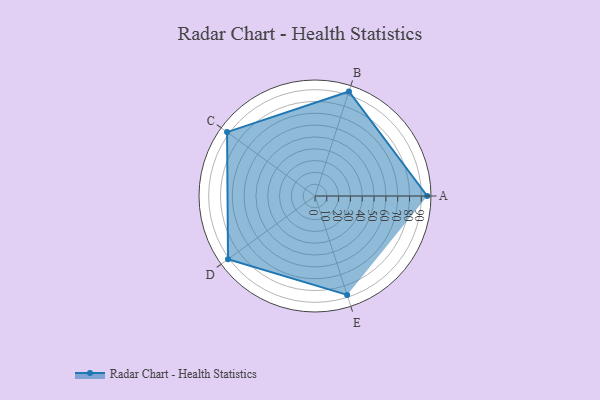
{"axis": {"x": "Skill", "y": "Score"}, "legend": ["Profile"], "data": [{"x": "A", "y": 95.0, "type": "Profile"}, {"x": "B", "y": 93.0, "type": "Profile"}, {"x": "C", "y": 92.0, "type": "Profile"}, {"x": "D", "y": 91.0, "type": "Profile"}, {"x": "E", "y": 88.0, "type": "Profile"}]}